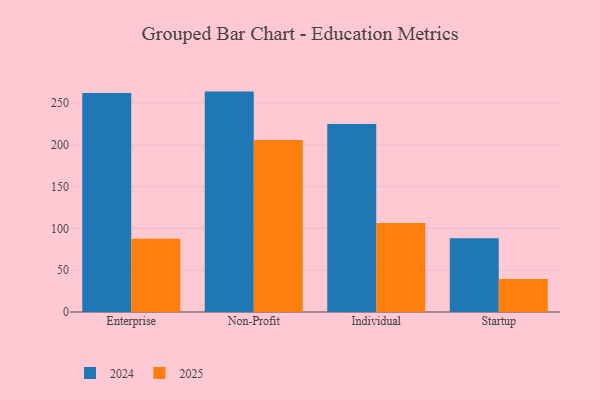
{"axis": {"x": "Segment", "y": "Customer Acquisition Cost (USD)"}, "legend": ["2024", "2025"], "data": [{"x": "Enterprise", "y": 262.1, "type": "2024"}, {"x": "Enterprise", "y": 87.7, "type": "2025"}, {"x": "Non-Profit", "y": 263.8, "type": "2024"}, {"x": "Non-Profit", "y": 206.0, "type": "2025"}, {"x": "Individual", "y": 224.9, "type": "2024"}, {"x": "Individual", "y": 106.6, "type": "2025"}, {"x": "Startup", "y": 88.2, "type": "2024"}, {"x": "Startup", "y": 39.4, "type": "2025"}]}